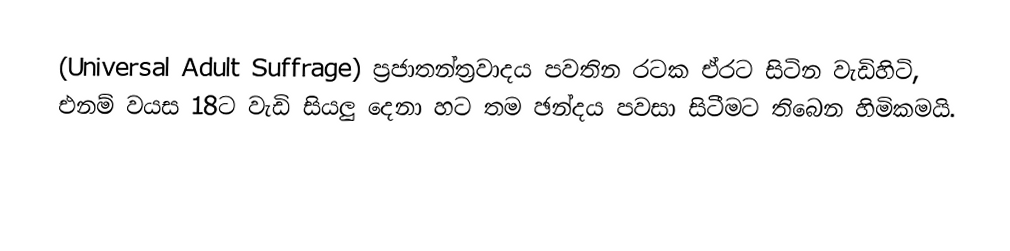
(Universal Adult Suffrage) ප්‍රජාතන්ත්‍රවාදය පවතින රටක ඒරට සිටින වැඩිහිටි, එනම් වයස 18ට වැඩි සියලු දෙනා හට තම ඡන්දය පවසා සිටීමට තිබෙන හිමිකමයි.